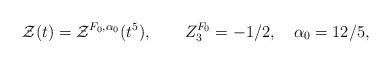
LaTeX: \begin{align*}{\cal Z}(t)={\cal Z}^{F_0,\alpha_0}(t^5), \qquad Z_3^{F_0}=-1/2,\quad \alpha_0=12/5,\end{align*}